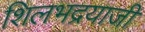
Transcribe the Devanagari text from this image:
शिलभद्रयाजी